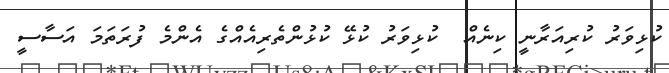
ކުޅިވަރު ކުރިއަރާނީ ކިނެއް  ކުޅިވަރު ކުޅޭ ކުޅުންތެރިއެއްގެ އެންމެ ފުރަތަމަ އަސާސީ